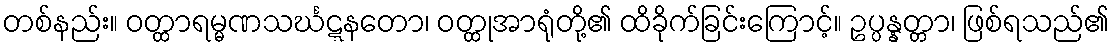
တစ်နည်း။ ဝတ္ထာရမ္မဏသင်္ဃဋ္ဋနတော၊ ဝတ္ထုအာရုံတို့၏ ထိခိုက်ခြင်းကြောင့်။ ဥပ္ပန္နတ္တာ၊ ဖြစ်ရသည်၏